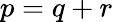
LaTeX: p=q+r